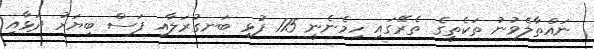
ނައްތާލެވުނު ތަކެތީގެ ތެރޭގައި ހިމެނެނީ 115 ފުޅި ބަނގުރަލާއި ފަސް ބިޔަރު ދަޅާއި